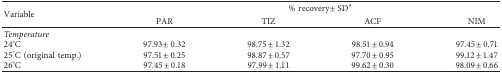
<table><thead><tr><td rowspan="2"><b>Variable</b></td><td colspan="4"><b>% recovery ± SD<sup>∗</sup></b></td></tr><tr><td><b>PAR</b></td><td><b>TIZ</b></td><td><b>ACF</b></td><td><b>NIM</b></td></tr></thead><tbody><tr><td><i>Temperature</i></td><td> </td><td> </td><td> </td><td> </td></tr><tr><td>24°C</td><td>97.93 ± 0.32</td><td>98.75 ± 1.32</td><td>98.51 ± 0.94</td><td>97.45 ± 0.71</td></tr><tr><td>25°C (original temp.)</td><td>97.51 ± 0.25</td><td>98.87 ± 0.57</td><td>97.70 ± 0.95</td><td>99.12 ± 1.47</td></tr><tr><td>26°C</td><td>97.45 ± 0.18</td><td>97.99 ± 1.11</td><td>99.62 ± 0.30</td><td>98.09 ± 0.66</td></tr></tbody></table>